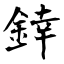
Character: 﨨